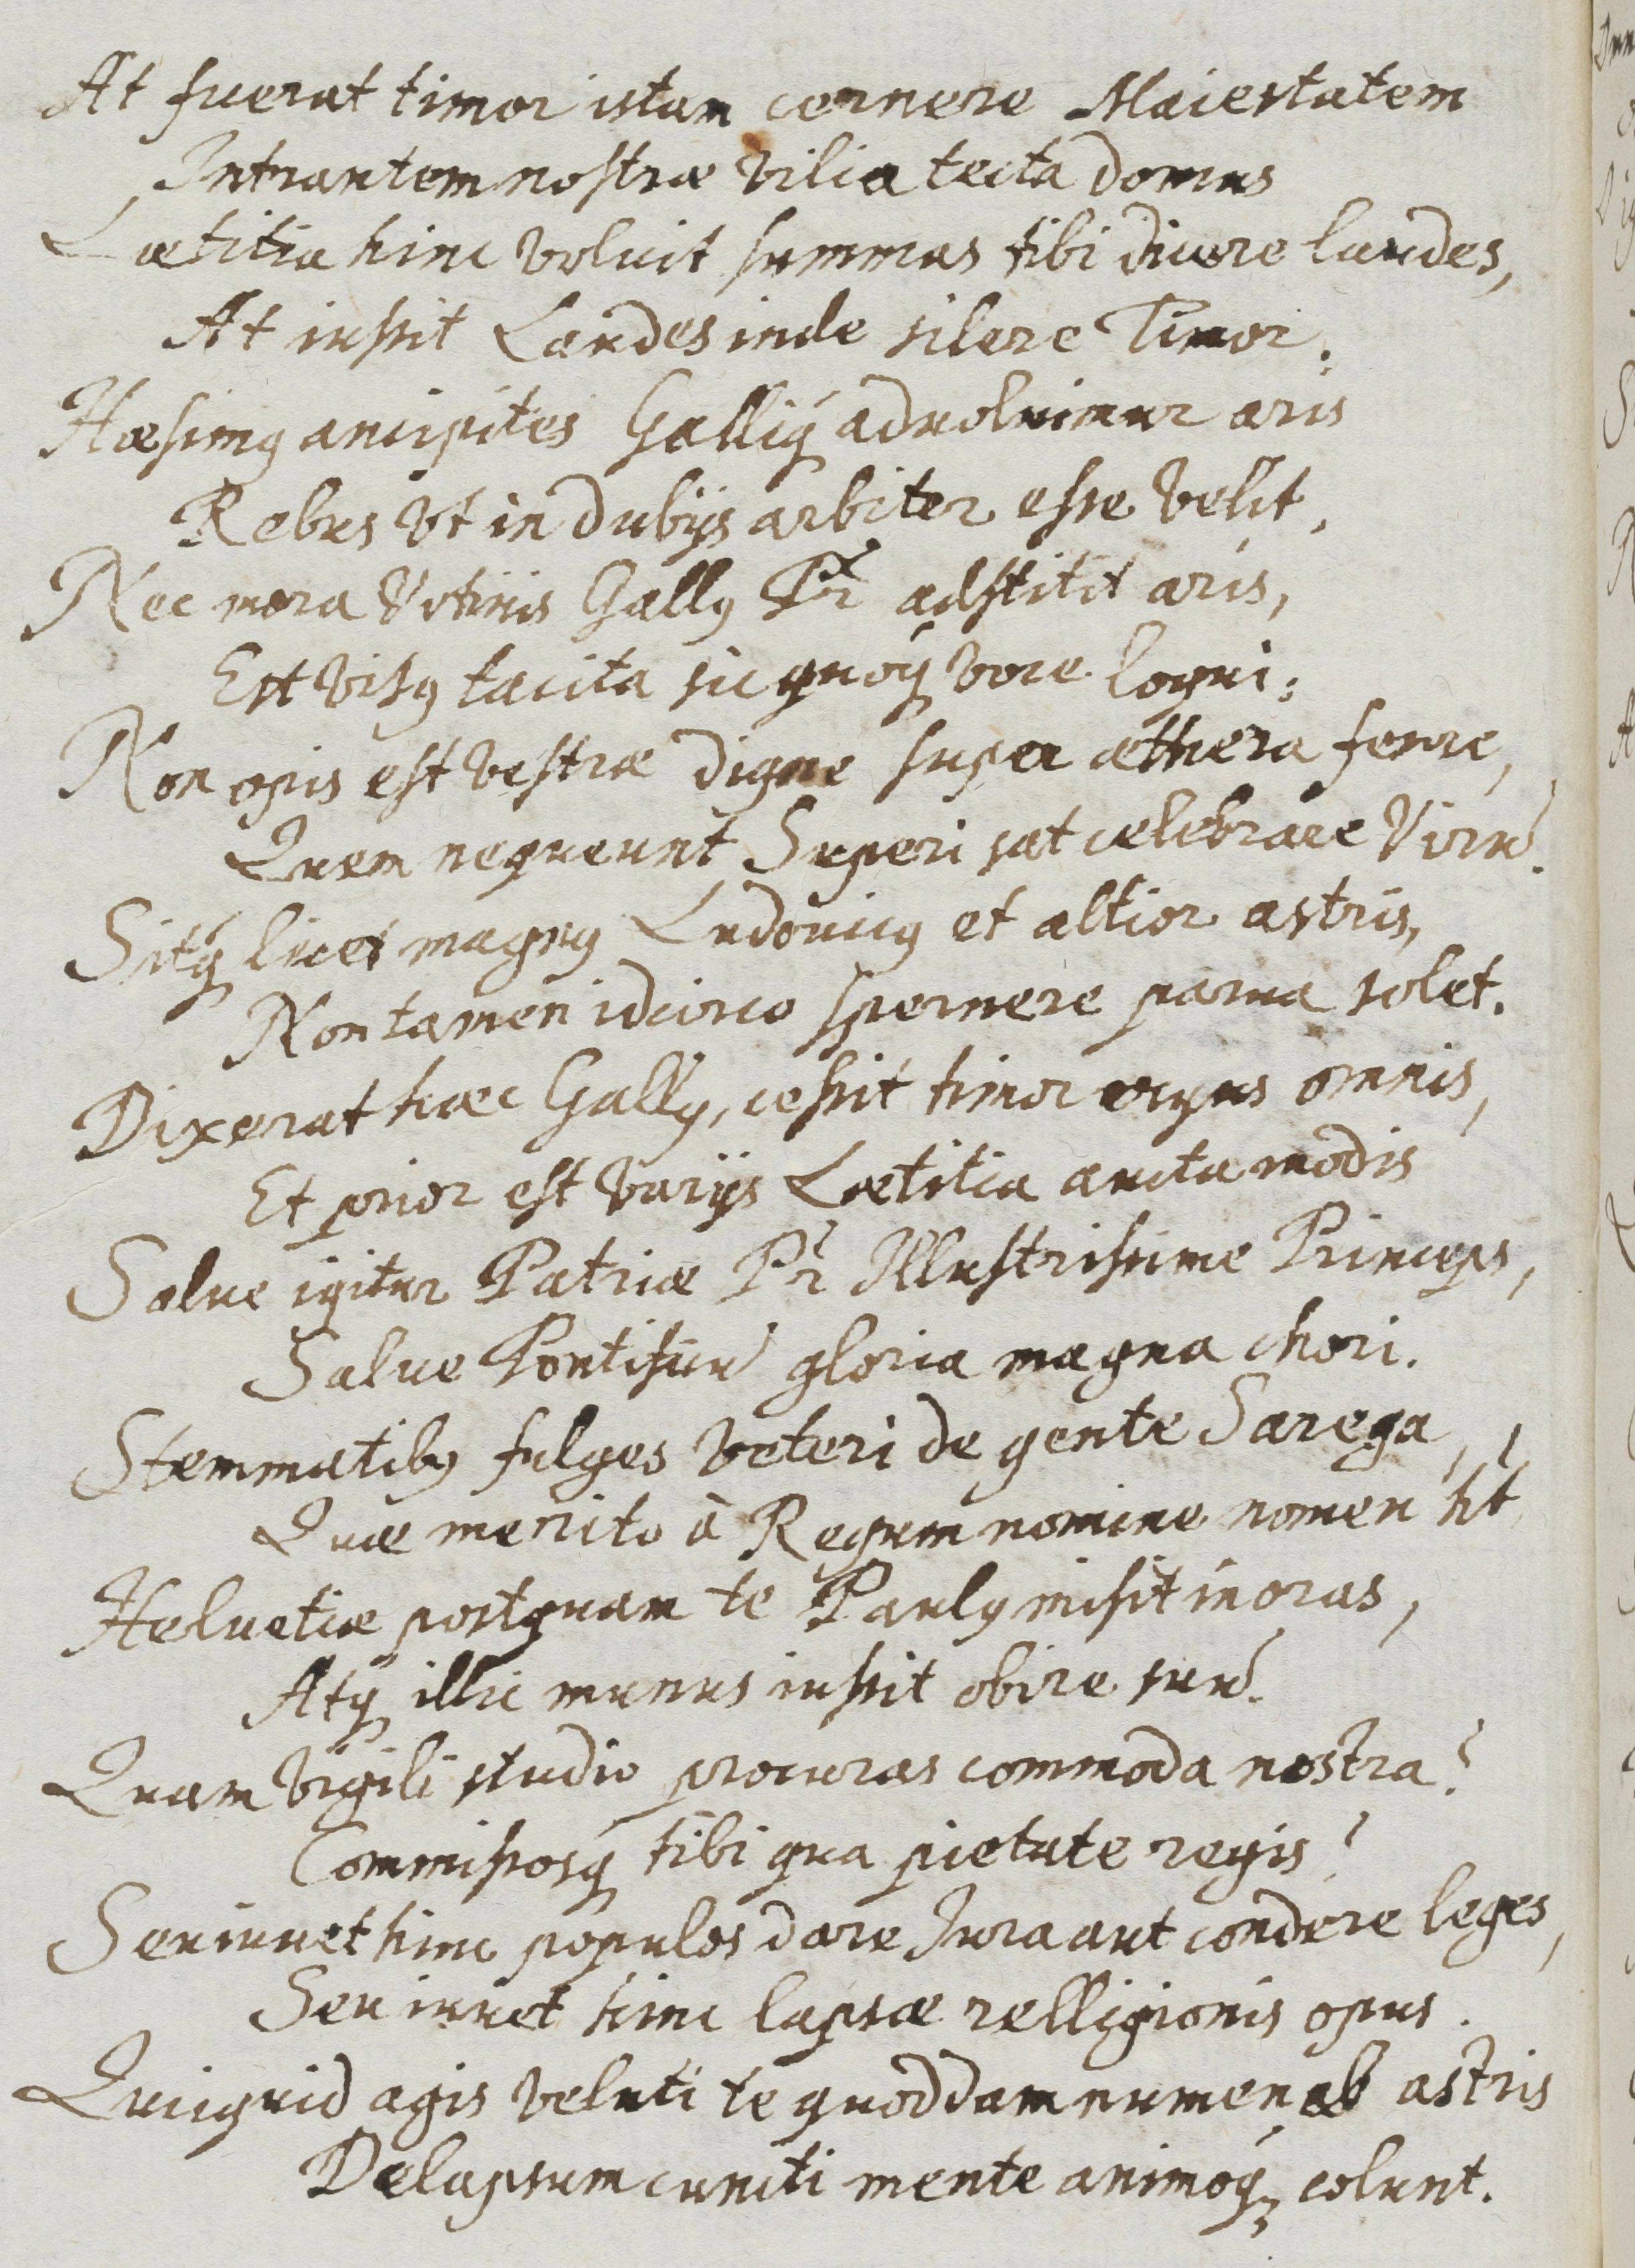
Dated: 1637–1673